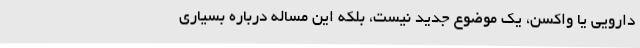
دارویی یا واکسن، یک موضوع جدید نیست، بلکه این مساله درباره بسیاری